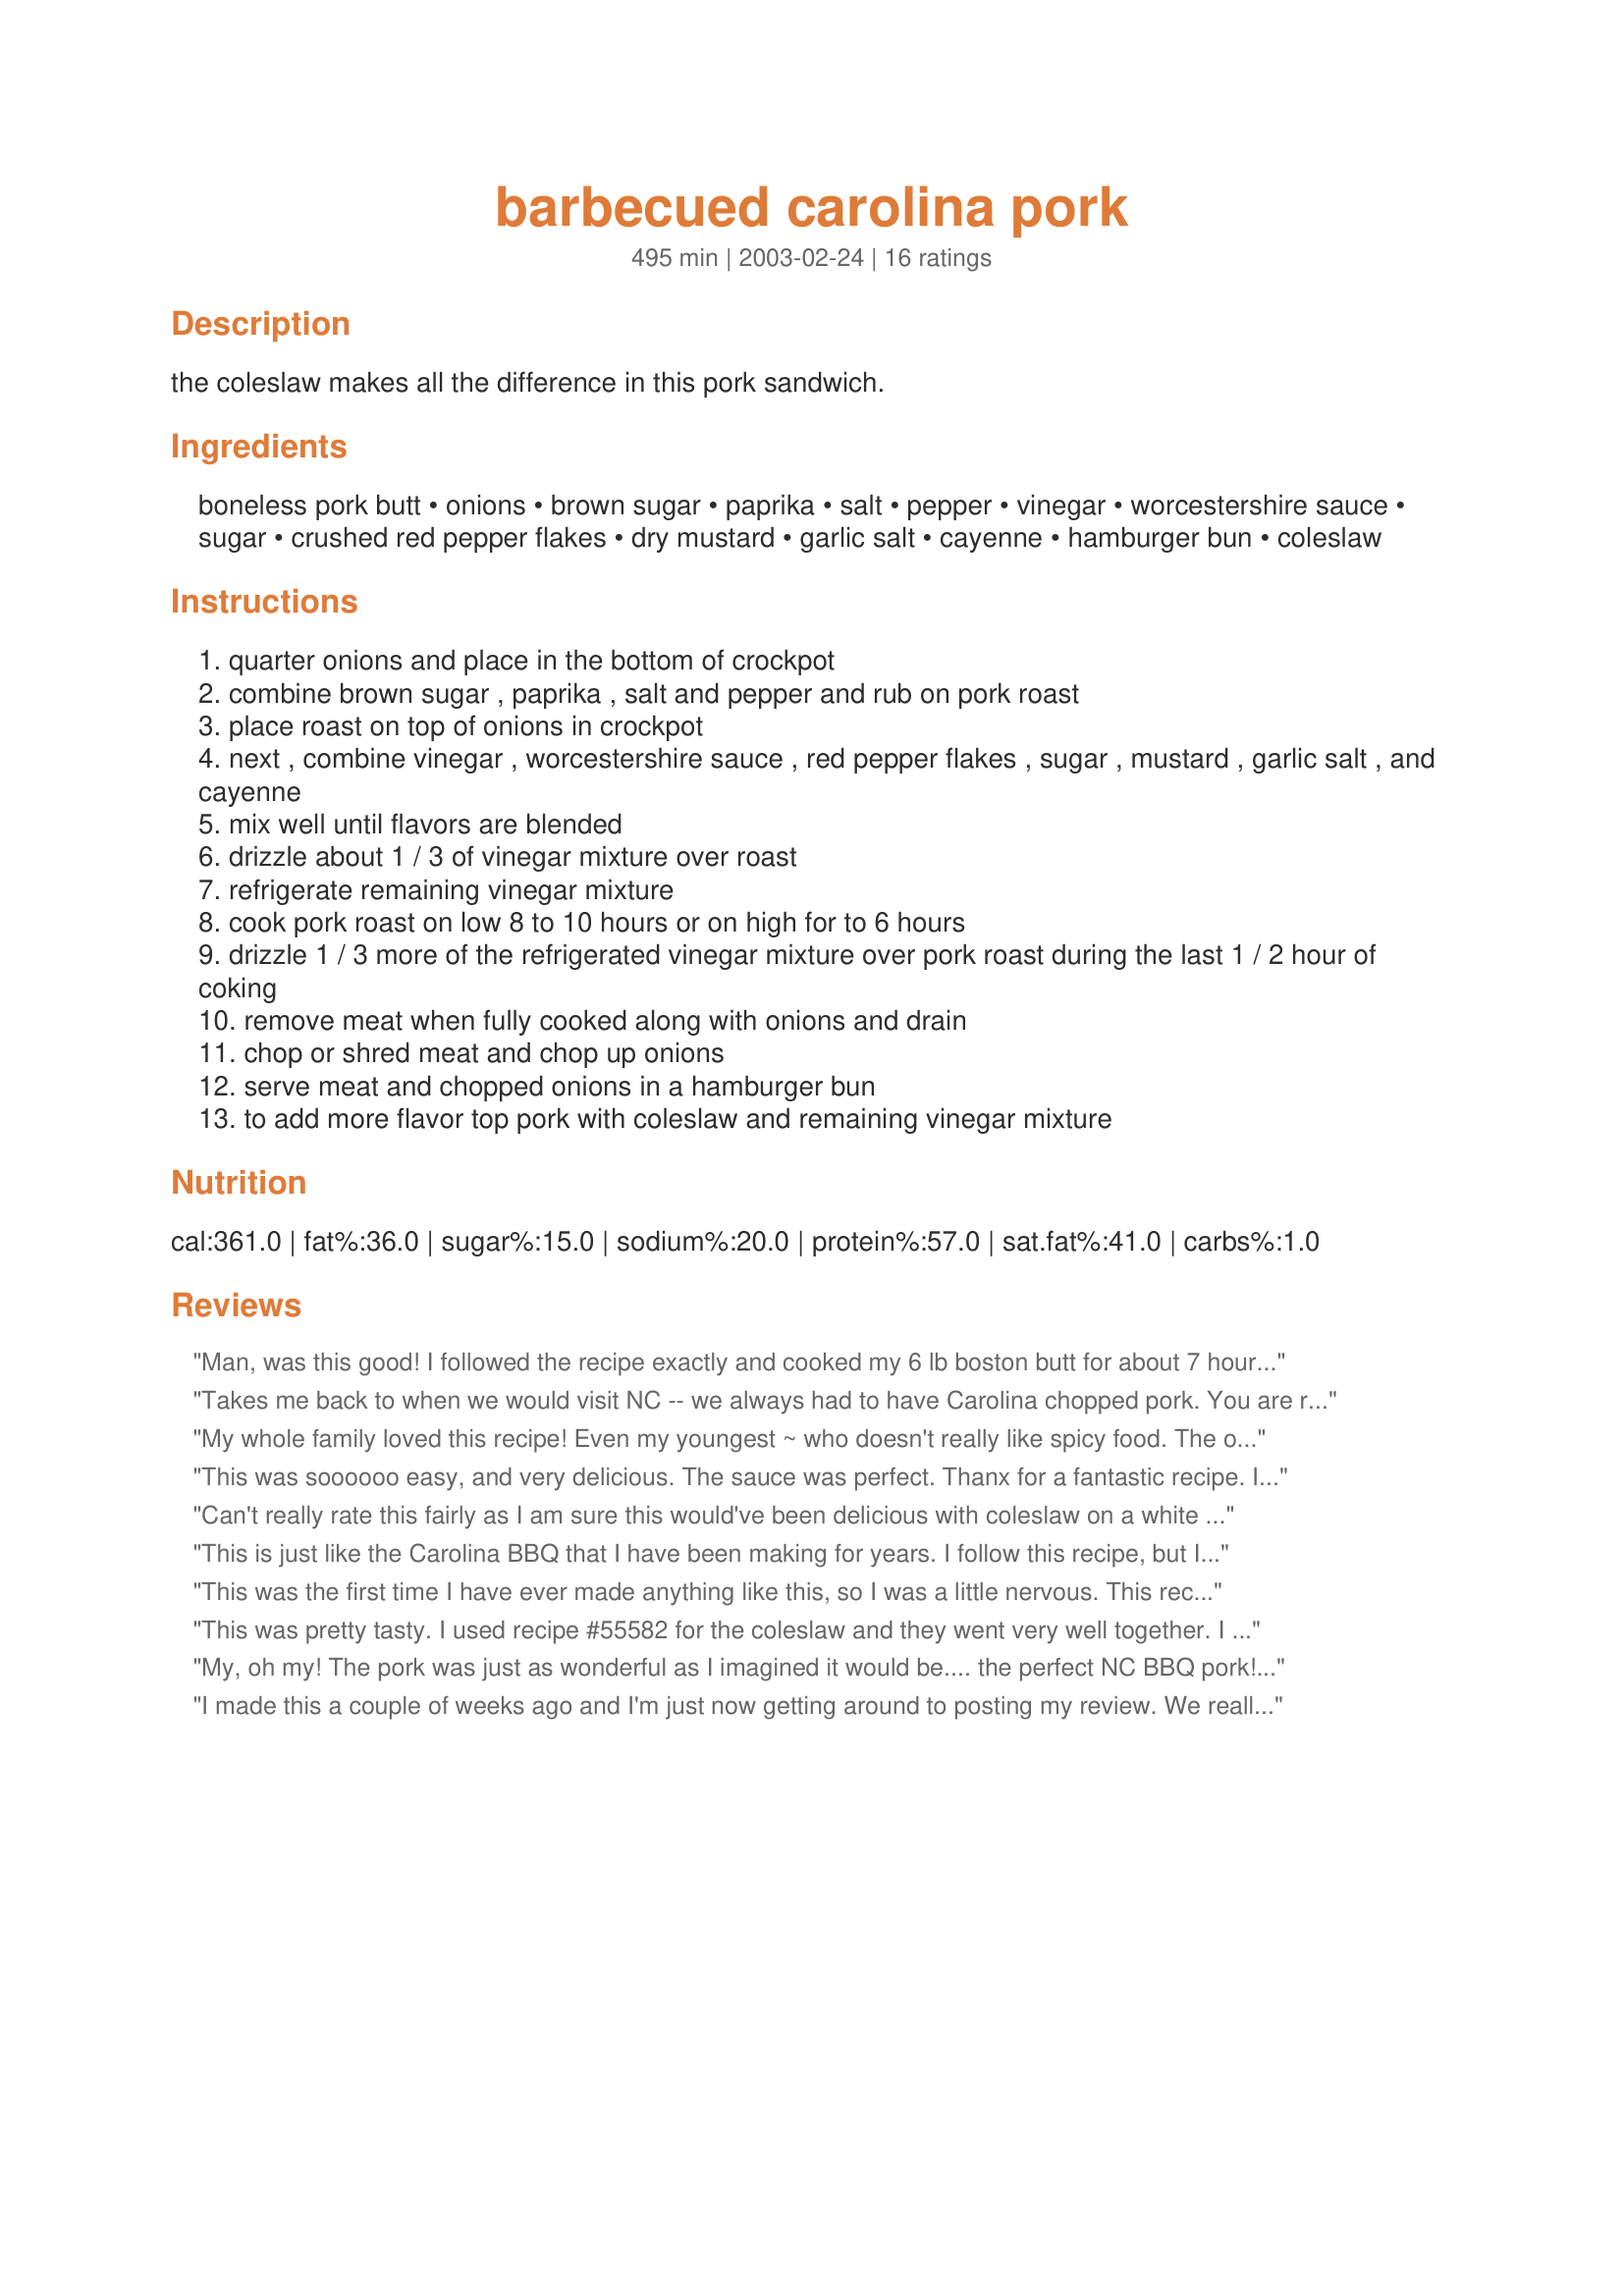
barbecued carolina pork
Preparation time: 495 minutes

the coleslaw makes all the difference in this pork sandwich.

Ingredients:
boneless pork butt, onions, brown sugar, paprika, salt, pepper, vinegar, worcestershire sauce, sugar, crushed red pepper flakes, dry mustard, garlic salt, cayenne, hamburger bun, coleslaw

Steps:
quarter onions and place in the bottom of crockpot
combine brown sugar , paprika , salt and pepper and rub on pork roast
place roast on top of onions in crockpot
next , combine vinegar , worcestershire sauce , red pepper flakes , sugar , mustard , garlic salt , and cayenne
mix well until flavors are blended
drizzle about 1 / 3 of vinegar mixture over roast
refrigerate remaining vinegar mixture
cook pork roast on low 8 to 10 hours or on high for to 6 hours
drizzle 1 / 3 more of the refrigerated vinegar mixture over pork roast during the last 1 / 2 hour of coking
remove meat when fully cooked along with onions and drain
chop or shred meat and chop up onions
serve meat and chopped onions in a hamburger bun
to add more flavor top pork with coleslaw and remaining vinegar mixture

Reviews:
Man, was this good! I followed the recipe exactly and cooked my 6 lb boston butt for about 7 hours on high. I live in Charleston, SC and I would rather have this than any pulled pork I have had in a restaurant here. Thanks for sharing.
Takes me back to when we would visit NC -- we always had to have Carolina chopped pork. You are right, the coleslaw makes all the difference in the sandwich!
My whole family loved this recipe! Even my youngest ~ who doesn't really like spicy food. The only thing I did different was using minced garlic instead of garlic salt. I will definitely pass this on to family and friends!
This was soooooo easy, and very delicious. The sauce was perfect. Thanx for a fantastic recipe. I wouldn't change a thing.
Can't really rate this fairly as I am sure this would've been delicious with coleslaw on a white roll ... I just drained off the liquid and had it sliced with veggies, which sort of defeated the purpose. Long story ... anyway, just wanted to say thanks for posting the recipe. :)
This is just like the Carolina BBQ that I have been making for years. I follow this recipe, but I usually double everything except the meat and onions (I don't add the regular sugar). I also just mix the "rub" into the sauce and let it cook - and it still turns out great (one less step I guess). Yeah Carolina BBQ!!!
 This was the first time I have ever made anything like this, so I was a little nervous. This recipe ROCKS and everyone who ate it loved it! I will be making this again, and again, and again...you get the point! I'm a southern Virginia girl so this is a close as it gets to true Carolina BBQ! Thanks!
This was pretty tasty. I used recipe #55582 for the coleslaw and they went very well together. I had a 3.5 lb. pork loin and it was done in 8 hours. I added a bit more vinegar at the end and also left the onions in big strips instead of chopping them up. Thanks for the recipe Audrey!
My, oh my! The pork was just as wonderful as I imagined it would be.... the perfect NC BBQ pork! The sauce is out of this world and the meat was falling apart tender and juicy! I followed the directions exactly except made extra sauce b/c I love vinegar based sauces so much. The kids loved it and I sent home a "doggy bag" with them... they were so happy! Thanks sooooo much for such a great recipe! Definitely in my "keeper" file!
I made this a couple of weeks ago and I'm just now getting around to posting my review. We really enjoyed this BBQ. It was incredibly easy to make an oh so tasty! I used a 5 lb. boneless pork shoulder. I made the vinegar mixture and the rub the night before so I could wake up early and just throw it in the crockpot. I cooked it on low for 9 hours and it turned out perfect. I took it out and placed it on a cutting board, let it cool for about 15 minutes and then I used a couple of forks to shred the meat. I served it on hamburger buns with coleslaw (<a href="/24443">Creamy Coleslaw</a>) and crunchy French fries. There were only three of us so we had plenty left over. We ate the rest over the next couple of days, even taking some to work for lunch. Great BBQ that I'm sure I'll be making again sometime. Thanks Audrey!
This is REALLY good !!!!! Couldn't be easier to prepare... and the flavor was just perfect. I omitted the onions, only because my husband won't eat them. So for those that don't like onions, I must say this is still a great recipe even without them.
I should say that I am typically somewhat of a pulled pork snob.

I used a bit more vinegar...probably a cup (and it was apple cider vinegar) and cut out the white sugar. I left out the onions also. I cooked it on low all night long, and used a bone-in shoulder. The small bone, of course, was easy to remove the next day. I pulled the pork in the morning with 2 forks and left it cooking in the sauce, shredded, until we ate it later.

I would have loved the cole slaw (yes...true Carolina style!), but my infant can't take me eating cabbage, so that waits for another day.

My husband thought this was some of the best pulled pork he has ever had. Nobody would ever believe this came from a crock pot. Very nice job with this recipe. I can't wait to make it for my next pot luck. A truly pleasant surprise. Thanks for sharing!
I used Splenda instead of both of the sugars, and added a bit of blackstrap molasses to the wet ingredients. The meat was tender & juicy, and the flavor was good, but next time I'll try the little bit of real sugar & see if it punches up the flavor a bit.
This was true Carolina barbeque. Quick and easy and my kids loved it!
This was quite nice - the meat was so tender with a nice tangy bite. I did add extra vinegar mixture on my bun but I didn't like how it made my bun soggy.
I haven't had Carolina BBQ in years! This really hit the spot. I'm from California where most people think barbeque is only a verb. Glad I have this recipe...I'll try to educate family and friend that barbeque doesn't always mean "grill". I will add more vinegar like some of the others said as I think it will add even more flavor. And I have to go back for more coleslaw...it's not the same without plenty of coleslaw. Thanks!
